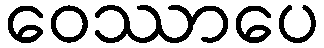
ဝေဿာပေ